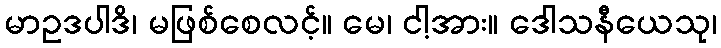
မာဥဒပါဒိ၊ မဖြစ်စေလင့်။ မေ၊ ငါ့အား။ ဒေါသနီယေသု၊